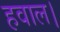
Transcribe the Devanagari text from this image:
हवाल।